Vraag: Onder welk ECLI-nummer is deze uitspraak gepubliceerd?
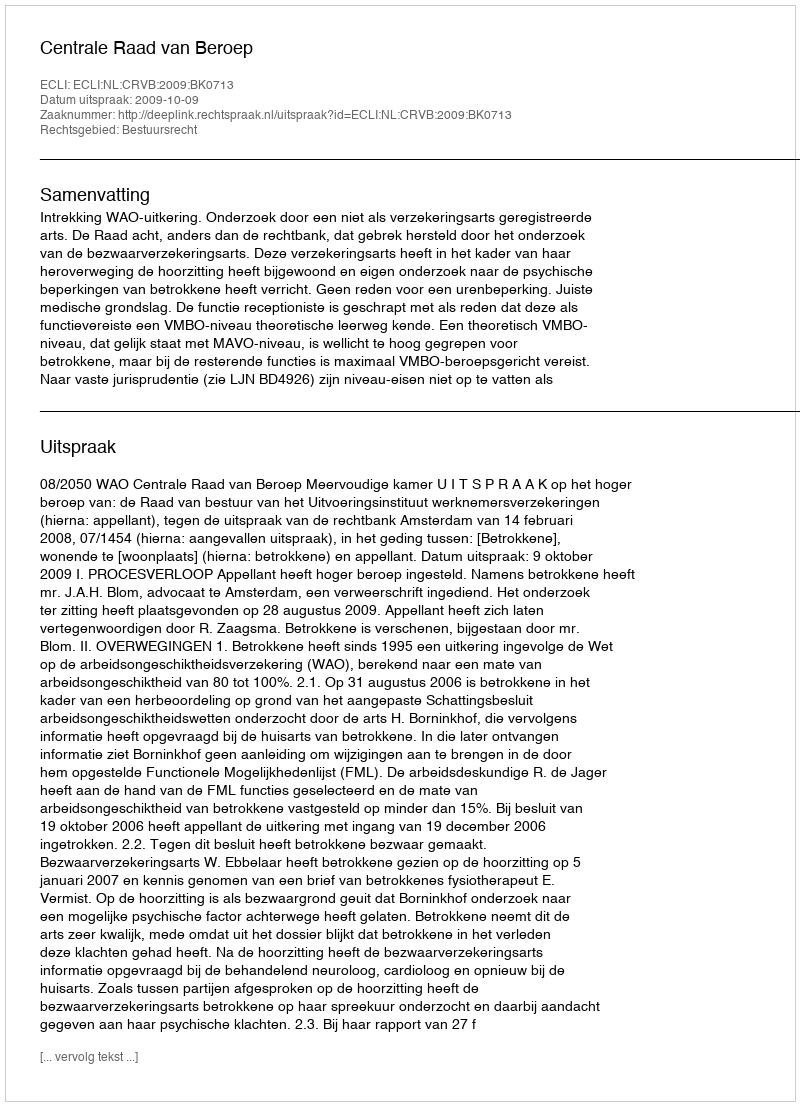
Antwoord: ECLI:NL:CRVB:2009:BK0713